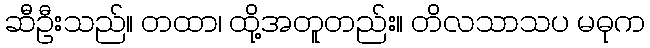
ဆီဦးသည်။ တထာ၊ ထို့အတူတည်း။ တိလသာသပ မဓုက